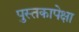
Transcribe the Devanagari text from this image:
पुस्तकापेक्षा